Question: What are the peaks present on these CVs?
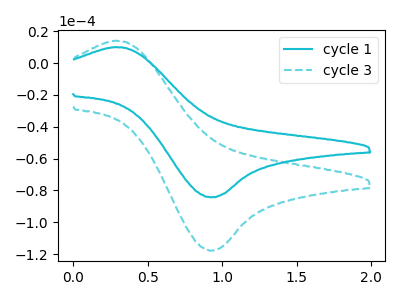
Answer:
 <answer>The cyan curve "cycle 1" has an anodic peak at (0.30V, 10.05uA) and a cathodic peak at (0.90V, -84.30uA). The cyan dashed curve "cycle 3" has an anodic peak at (0.30V, 14.10uA) and a cathodic peak at (0.90V, -117.90uA).</answer>
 <eval></eval>